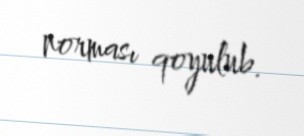
norması qoyulub.